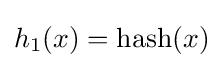
h_{1}(x)={\text{hash}}(x)